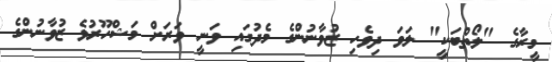
މީރާގެ "ލޯތްބަކީ" ލަވަ ދިވެހި ޒުވާނުންގެ މެދުގައި ވަނީ ވަރަށް މަޝްހޫރުވެ ޒުވާނުންގެ